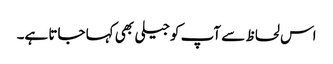
اس لحاظ سے آپ کوجیلی بھی کہا جاتا ہے۔